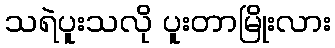
သရဲပူးသလို ပူးတာမြိုးလား